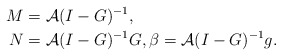
\begin{align*}M &= \mathcal{A} (I-G)^{-1}, \\N &= \mathcal{A} (I-G)^{-1} G, \beta = \mathcal{A} (I-G)^{-1} g.\end{align*}